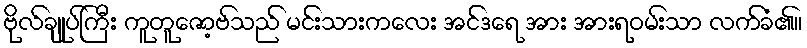
ဗိုလ်ချုပ်ကြီး ကူတူဇော့ဗ်သည် မင်းသားကလေး အင်ဒရေ အား အားရဝမ်းသာ လက်ခံ၏။